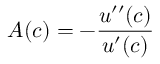
A ( c ) = - { \frac { u ^ { \prime \prime } ( c ) } { u ^ { \prime } ( c ) } }